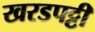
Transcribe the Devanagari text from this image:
खरडपट्टी